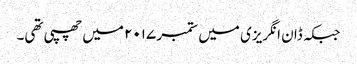
جبکہ ڈان انگریزی میں ستمبر ۲۰۱۷ میں چھپی تھی۔